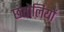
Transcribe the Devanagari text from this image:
छंतोलियों